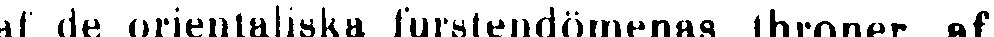
af de orientaliska furstendömenas throner af